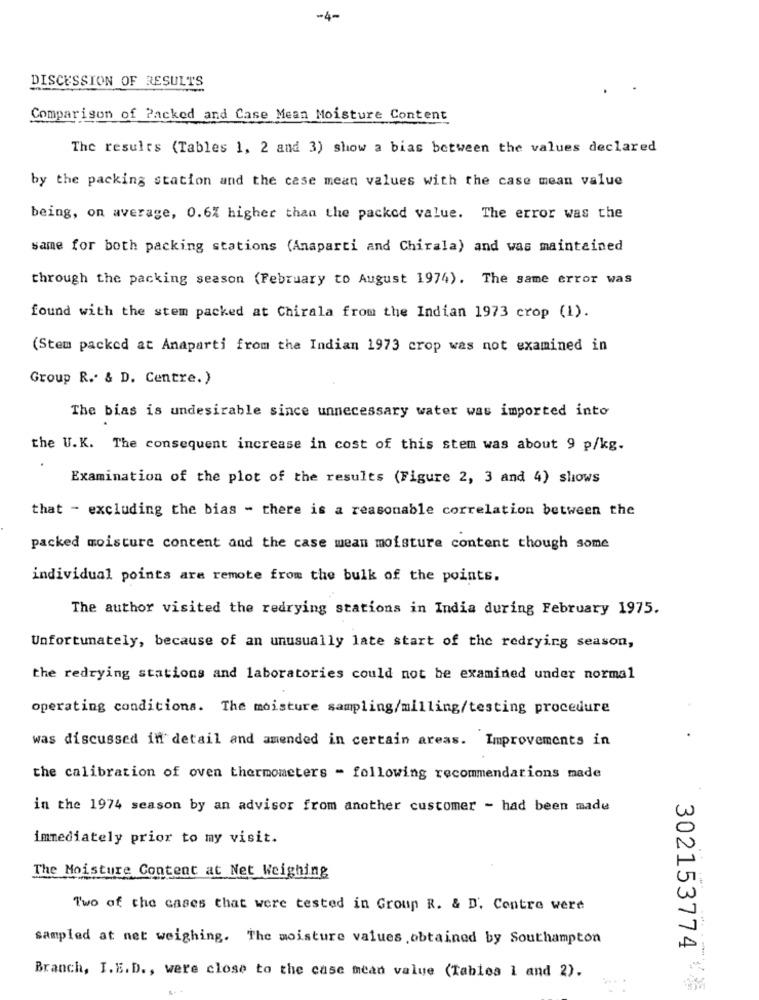
-4-
DISCUSSION OF RESULTS
Comparison of Packed and Case Mean Moisture Content
The results (Tables 1, 2 and 3) show a bias between the values declared
by the packing station and the case mean values with the case mean value
being, on average, 0.6% higher than the packed value. The error was the
same for both packing stations (Anaparti and Chirala) and was maintained
through the packing season (February to August 1974). The same error was
found with the stem packed at Chirala from the Indian 1973 crop (1).
(Stem packed at Anaparti from the Indian 1973 crop was not examined in
Group R. & D. Centre.)
The bias is undesirable since unnecessary water was imported into
the U.K. The consequent increase in cost of this stem was about 9 p/kg.
Examination of the plot of the results (Figure 2, 3 and 4) shows
that - excluding the bias - there is a reasonable correlation between the
packed moisture content and the case mean moisture content though some
individual points are remote from the bulk of the points.
The author visited the redrying stations in India during February 1975.
Unfortunately, because of an unusually late start of the redrying season,
the redrying stations and laboratories could not be examined under normal
operating conditions. The moisture sampling/milling/testing procedure
was discussed in detail and amended in certain areas. Improvements in
the calibration of oven thermometers - following recommendations made
in the 1974 season by an advisor from another customer - had been made
immediately prior to my visit.
The Moisture Content at Net Weighing
Two of the cases that were tested in Group R. & D'. Contre were
sampled at net weighing. The moisture values ,obtained by Southampton
302153774
Branch, I.E.D ., were close to the case mean value (Tables 1 and 2).